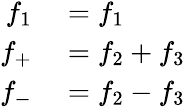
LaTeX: \begin{array}{rl}{f_{1}}&{{}=f_{1}}\\ {f_{+}}&{{}=f_{2}+f_{3}}\\ {f_{-}}&{{}=f_{2}-f_{3}}\end{array}